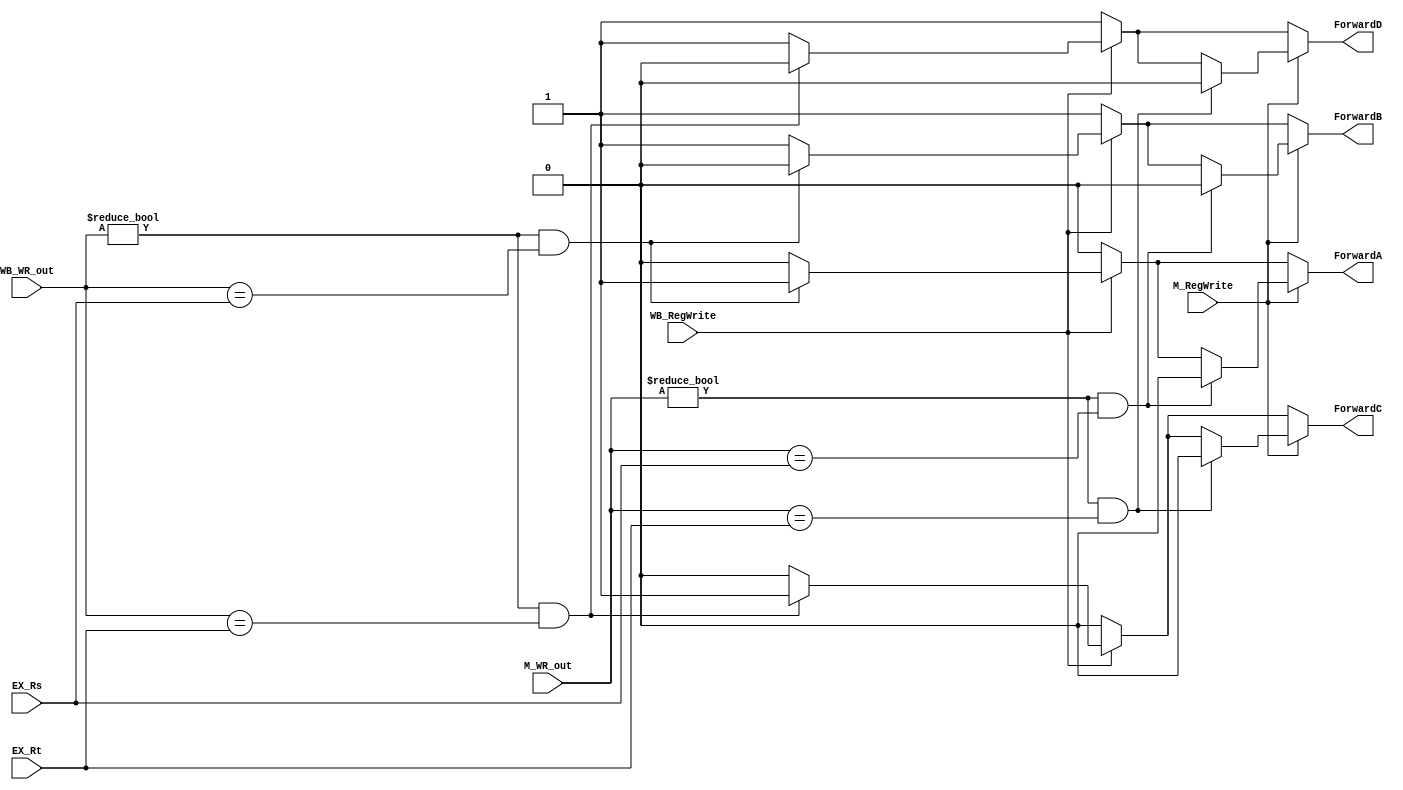
// Forwarding Unit

module FU ( // input 
			EX_Rs,
      EX_Rt,
			M_RegWrite,
			M_WR_out,
			WB_RegWrite,
			WB_WR_out,
			// output
			// write your code in here
			ForwardA,
			ForwardB,
			ForwardC,
			ForwardD
			);

	input [4:0] EX_Rs;
  input [4:0] EX_Rt;
  input M_RegWrite;
  input [4:0] M_WR_out;
  input WB_RegWrite;
  input [4:0] WB_WR_out;

	// write your code in here

	output reg ForwardA, ForwardB, ForwardC, ForwardD;
	always @(*) begin
		// 0 goes top and 1 goes bottom
		// EX forward

		// default
		ForwardA <= 0;
		ForwardB <= 1;
		ForwardC <= 0;
		ForwardD <= 1;
		// WB Forwarding
		if(WB_RegWrite) begin
			if(WB_WR_out != 0 && WB_WR_out == EX_Rs) begin
				ForwardA <= 1;
				ForwardB <= 0;
			end
			if(WB_WR_out != 0 && WB_WR_out == EX_Rt) begin
				ForwardC <= 1;
				ForwardD <= 0;
			end
		end
		// Mem Forwarding
		if(M_RegWrite) begin
			if(M_WR_out != 0 && M_WR_out == EX_Rs) begin
				ForwardA <= 0;
				ForwardB <= 0;
			end
			if(M_WR_out != 0 && M_WR_out == EX_Rt) begin
				ForwardC <= 0;
				ForwardD <= 0;
			end
		end
	end


endmodule